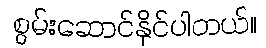
စွမ်းဆောင်နိုင်ပါတယ်။